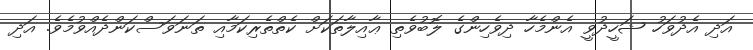
އަދި އެދުވަހު ޝަހީދުވީ އެންމެހާ ދިވެހިންގެ ލޮބުވެތި ޢާއިލާތަކަށް ކެތްތެރިކަމާއި ތަނަވަސްކަންދެއްވުމެވެ. އަދި